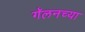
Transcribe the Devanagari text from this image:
गॅलनच्या